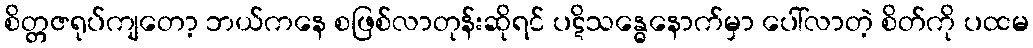
စိတ္တဇရုပ်ကျတော့ ဘယ်ကနေ စဖြစ်လာတုန်းဆိုရင် ပဋိသန္ဓေနောက်မှာ ပေါ်လာတဲ့ စိတ်ကို ပထမ